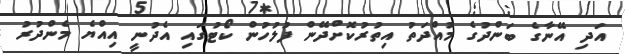
އަދި އޭނާގެ ބަންދުގެ މުއްދަތު އިތުރުކޮށްދޭން ފުލުހުން ކޯޓުގައި އެދުނީ އިއްޔެ މެންދުރު